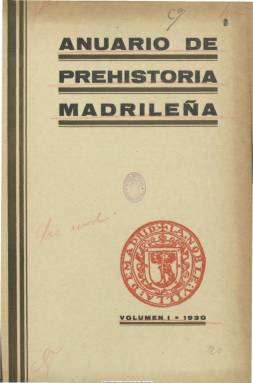
Título: Anuario de prehistoria madrileña
Colección: Historia
Ámbito geográfico: Madrid
Lugar de publicación: Madrid
Fechas: 01/01/1930-31/12/1933

Editado por el Servicio de Investigaciones Prehistóricas, que el Ayuntamiento de Madrid había creado en 1929, dedicado al estudio de importantes yacimientos madrileños y a cuyo frente se encontraba una de las grandes figuras de la arqueología madrileña, José Pérez de Barradas (1897-1981). Este científico venía desarrollando un intenso trabajo de recuperación, excavación y catalogación de los restos recuperados en municipios de la provincia, y junto a los paleontólogos Hugo Obermaier (1877-1946) y Paul Wernert (1889-1972) había iniciado los trabajos de exploración y estudio de la prehistoria en el entorno del río Manzanares, siendo considerado el artífice de la prehistoria cerámica madrileña.

La colección la forman el volumen I (1930), los volúmenes II y III (correspondientes a los años 1931 y 1932) conjuntamente y, también conjuntamente, los volúmenes IV, V y VI, correspondientes a los años 1933, 1934 y 1935. Fue estampado en la Imprenta Municipal, que después adopta el nombre de Artes Gráficas Municipales.

Cada volumen contiene varios trabajos originales sobre geología, prehistoria, arqueología, antigüedad y antropología; una sección de bibliografía de geología y paleontología, antropología, etnología, prehistoria y arqueología, y sobre cuestiones generales tanto de ámbito español como extranjero, incluido el africano; y una crónica de los trabajos realizados por el citado servicio, así como de su intervención en la vida científica nacional e internacional, en congresos y exposiciones. Algunos textos están escritos en francés, y los trabajos están ilustrados con numerosas fotografías, dibujos, cortes gráficos, mapas o croquis, en láminas fuera de texto.

Cuenta con la colaboración de especialistas en prehistoria de la región madrileña y de profesores de otras universidades españolas y extranjeras. Además de los numerosos trabajos de Pérez de Barradas, algunos firmados conjuntamente con Wernert, el cuadro de colaboradores es muy amplio, y en el aparecen, entre otros muchos, el citado Hugo Obermaier, Julio Martínez Santa-Olalla y Manuel Maura Salas, de Madrid; Pedro Bosch Gimpera, de Barcelona; Blas Taracena Aguirre, de Soria; Hans Zeiss, de Frankfurt, o Henry Koehler, de Rabat.